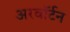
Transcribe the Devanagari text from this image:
अरवॉर्टन